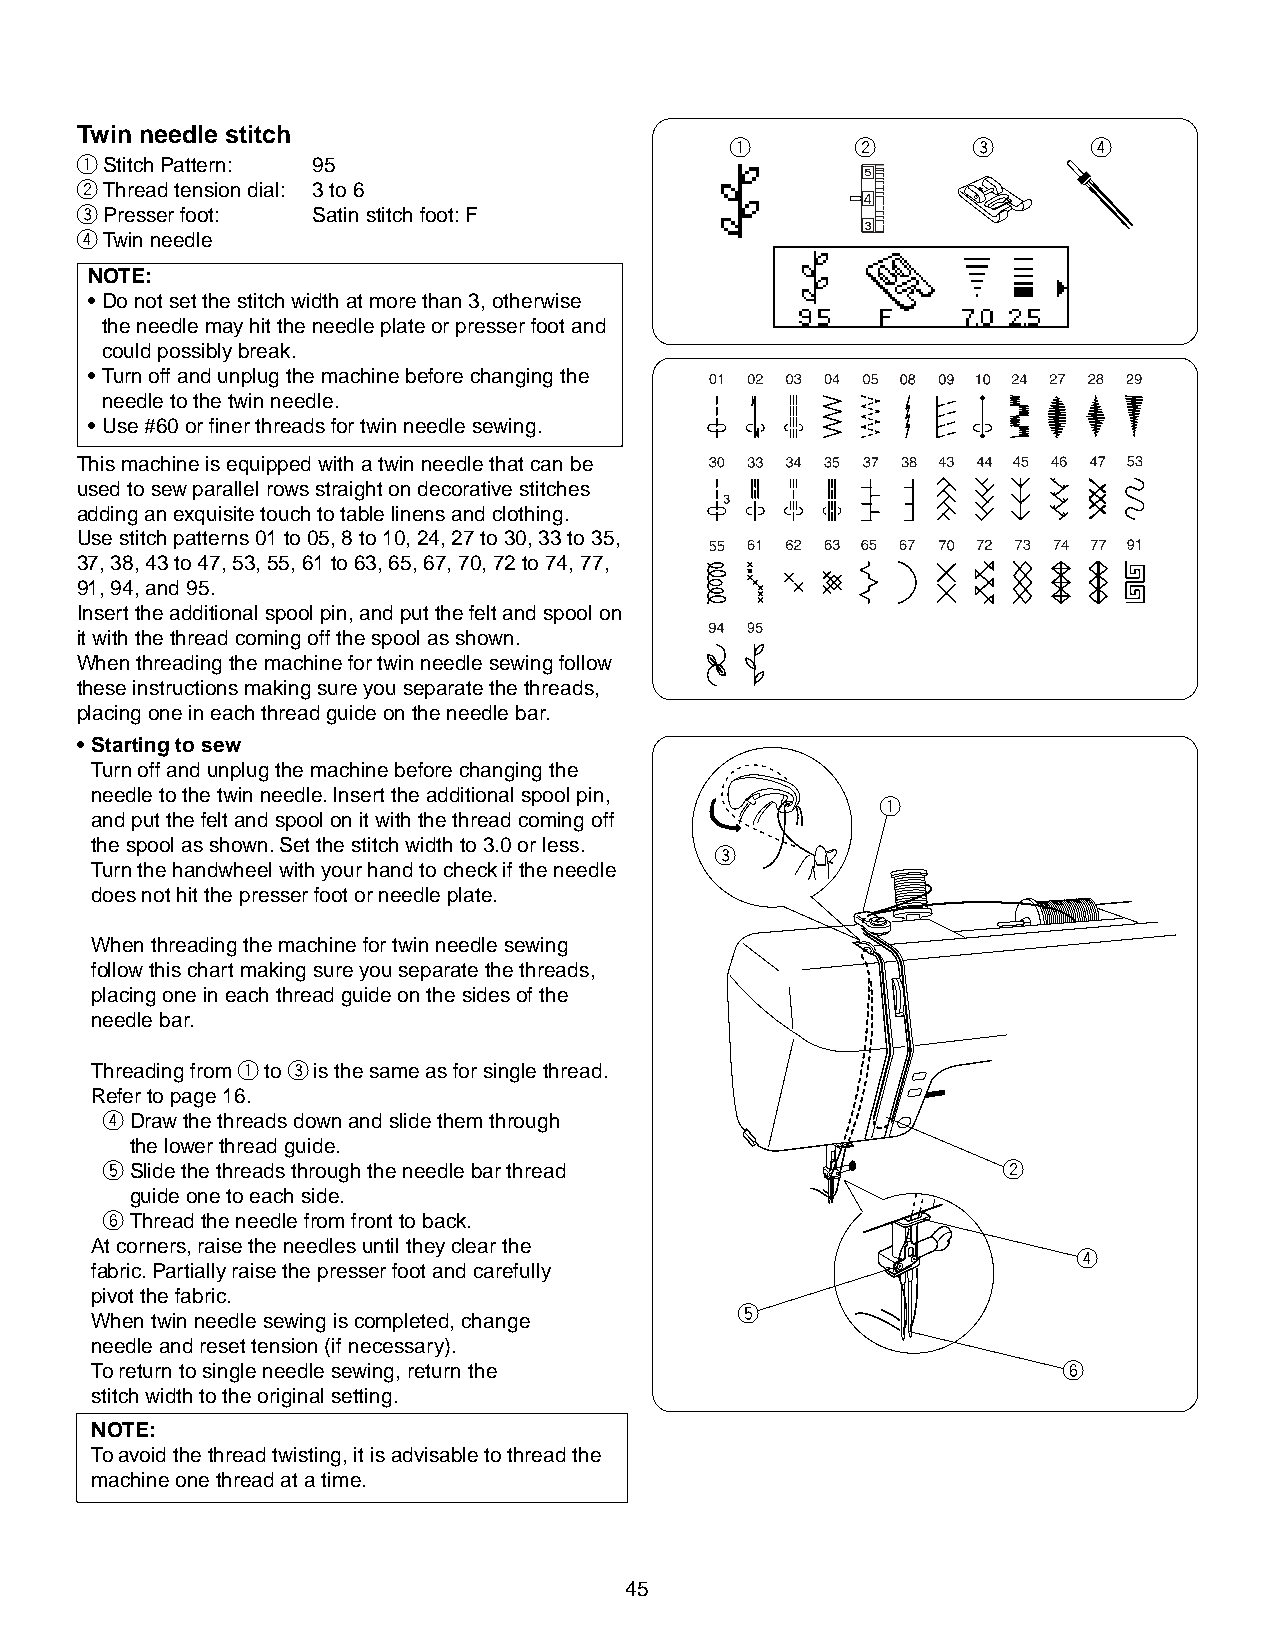
Twin needle stitch
 q        w      e       r
 qStitch Pattern: 95
 wThread tension dial: 3 to 6
 ePresser foot:  Satin stitch foot: F
 rTwin needle
 NOTE:
 • Do not set the stitch width at more than 3, otherwise
 the needle may hit the needle plate or presser foot and
 could possibly break.
 • Turn off and unplug the machine before changing the
 needle to the twin needle.
 • Use #60 or finer threads for twin needle sewing.
 This machine is equipped with a twin needle that can be
 used to sew parallel rows straight on decorative stitches
 adding an exquisite touch to table linens and clothing.
 Use stitch patterns 01 to 05, 8 to 10, 24, 27 to 30, 33 to 35,
 37, 38, 43 to 47, 53, 55, 61 to 63, 65, 67, 70, 72 to 74, 77,
 91, 94, and 95.
 Insert the additional spool pin, and put the felt and spool on
 it with the thread coming off the spool as shown.
 When threading the machine for twin needle sewing follow
 these instructions making sure you separate the threads,
 placing one in each thread guide on the needle bar.
 • Starting to sew
 Turn off and unplug the machine before changing the
 needle to the twin needle. Insert the additional spool pin,
 q
 and put the felt and spool on it with the thread coming off
 the spool as shown. Set the stitch width to 3.0 or less.
 e
 Turn the handwheel with your hand to check if the needle
 does not hit the presser foot or needle plate.
 When threading the machine for twin needle sewing
 follow this chart making sure you separate the threads,
 placing one in each thread guide on the sides of the
 needle bar.
 Threading from q to e is the same as for single thread.
 Refer to page 16.
 rDraw the threads down and slide them through
 the lower thread guide.
 tSlide the threads through the needle bar thread           w
 guide one to each side.
 yThread the needle from front to back.
 At corners, raise the needles until they clear the
 r
 fabric. Partially raise the presser foot and carefully
 pivot the fabric.
 t
 When twin needle sewing is completed, change
 needle and reset tension (if necessary).
 To return to single needle sewing, return the                   y
 stitch width to the original setting.
 NOTE:
 To avoid the thread twisting, it is advisable to thread the
 machine one thread at a time.
 45